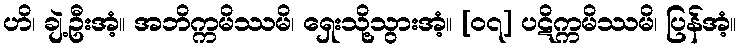
ဟိ၊ ချဲ့ဦးအံ့။ အဘိက္ကမိဿမိ၊ ရှေးသို့သွားအံ့။ [၀၇] ပဋိက္ကမိဿမိ၊ ပြန်အံ့။